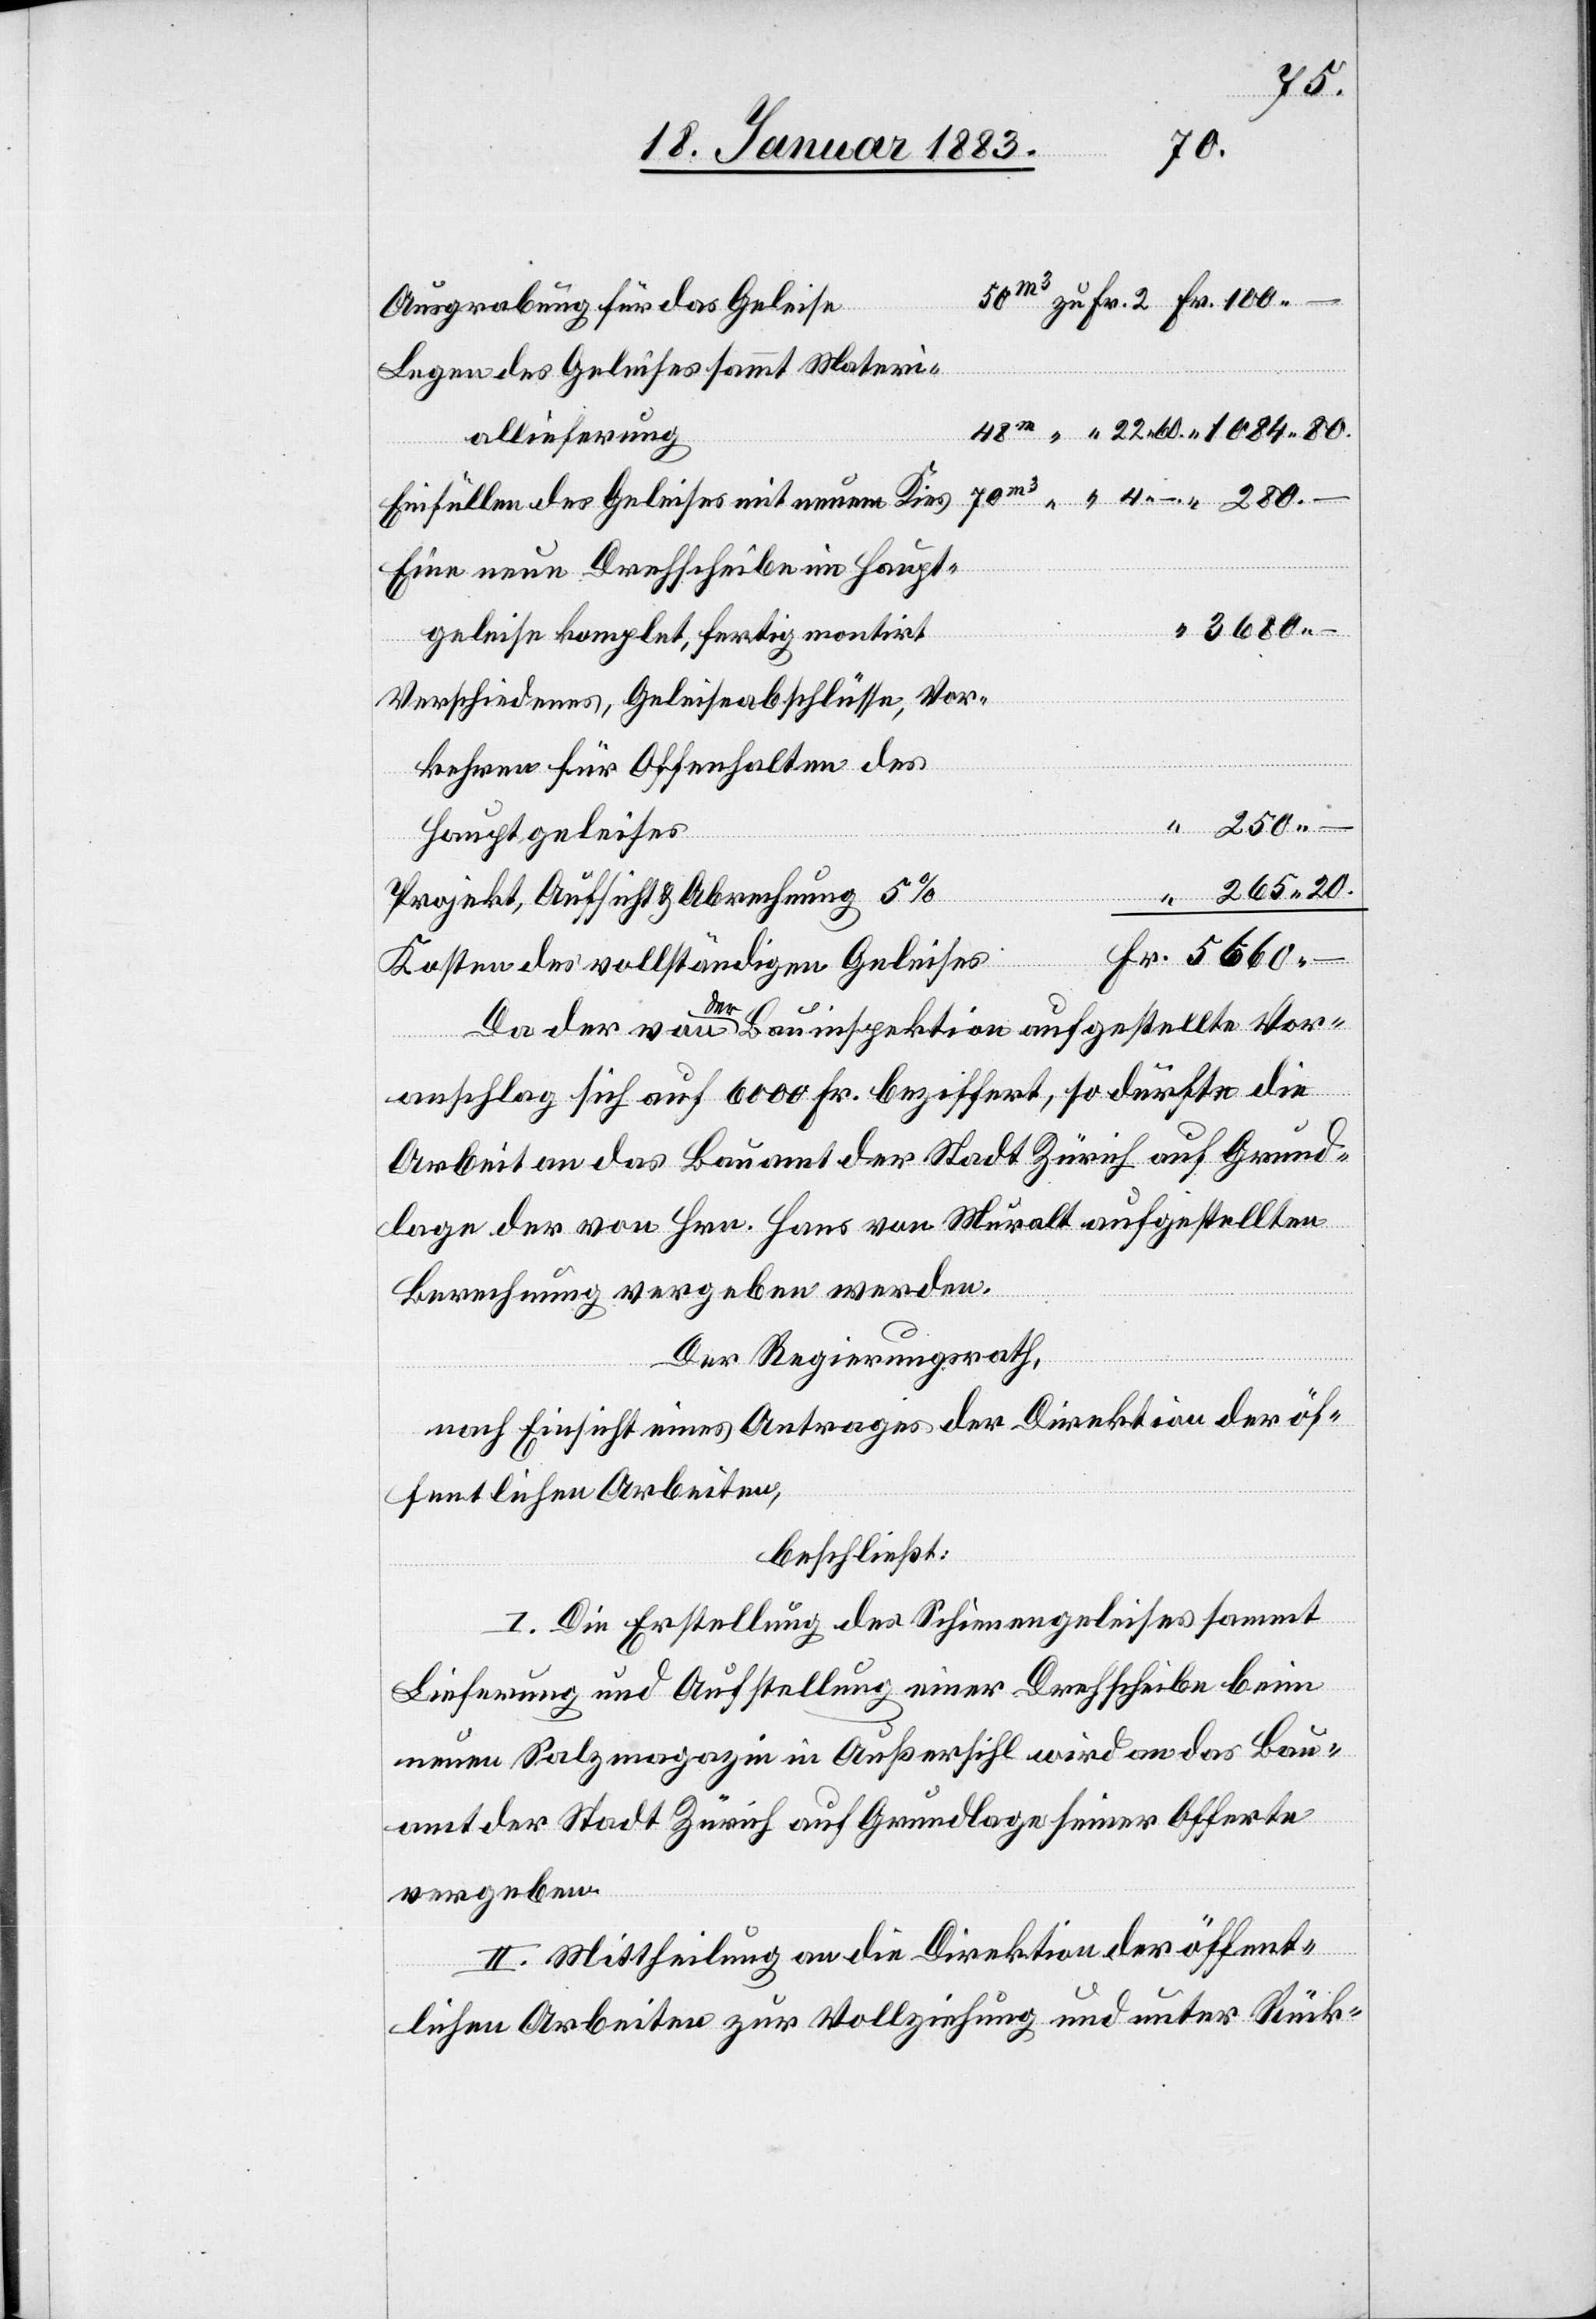
250.–
Ausgrabung für das Geleise
Legen des Geleises sammt Materi¬
allieferung
Einfüllen des Geleises mit neuem Kies
Eine neue Drehscheibe im Haupt¬
5660.–
geleise komplet, fertig montirt
Verschiedenes, Geleiseabschlüsse, Vor¬
kehren für Offenhalten des
Hauptgeleises
265.20
Projekt, Aufsicht & Abrechnung 5%
Kosten des vollständigen Geleises
Da der von der Bauinspektion aufgestellte Vor¬
anschlag sich auf 6000 Fr. beziffert, so dürfte die
Arbeit an das Bauamt der Stadt Zürich auf Grund¬
lage der von Hrn. Hans von Muralt aufgestellten
Berechnung vergeben werden.
Der Regierungsrath,
nach Einsicht eines Antrages der Direktion der öf¬
fentlichen Arbeiten,
beschließt:
I. Die Erstellung des Schienengeleises sammt
Lieferung und Aufstellung einer Drehscheibe beim
neuen Salzmagazin in Außersihl wird an das Bau¬
amt der der Stadt Zürich auf Grundlage seiner Offerte
vergeben.
II. Mittheilung an die Direktion der öffent¬
lichen Arbeiten zur Vollziehung und unter Rück-